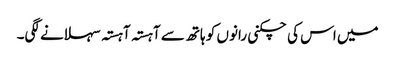
میں اس کی چکنی رانوں کو ہاتھ سے آہستہ آہستہ سہلانے لگی۔